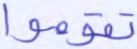
تقوموا